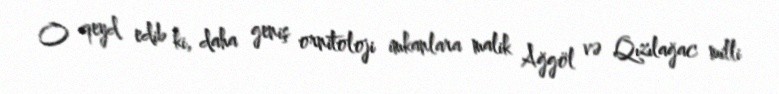
O qeyd edib ki, daha geniş ornitoloji imkanlara malik Ağgöl və Qızılağac milli